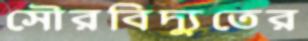
সৌরবিদ্যুতের